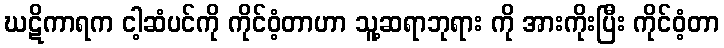
ဃဋိကာရက ငါ့ဆံပင်ကို ကိုင်ဝံ့တာဟာ သူ့ဆရာဘုရား ကို အားကိုးပြီး ကိုင်ဝံ့တာ